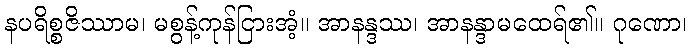
နပရိစ္စဇိဿာမ၊ မစွန့်ကုန်ငြားအံ့။ အာနန္ဒဿ၊ အာနန္ဒာမထေရ်၏။ ဂုဏော၊